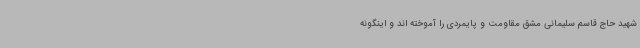
شهید حاج قاسم سلیمانی مشق مقاومت و پایمردی را آموخته اند و اینگونه